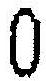
0